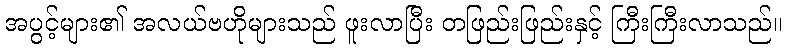
အပွင့်များ၏ အလယ်ဗဟိုများသည် ဖူးလာပြီး တဖြည်းဖြည်းနှင့် ကြီးကြီးလာသည်။